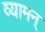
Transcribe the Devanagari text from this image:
व्यामन्